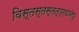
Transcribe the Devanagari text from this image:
विस्तस्तस्तत्प्रधानेषु